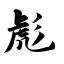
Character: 彪